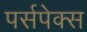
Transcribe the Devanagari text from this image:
पर्सपेक्स